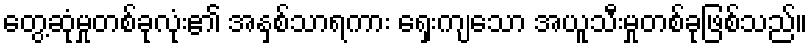
တွေ့ဆုံမှုတစ်ခုလုံး၏ အနှစ်သာရကား ရှေးကျသော အယူသီးမှုတစ်ခုဖြစ်သည်။